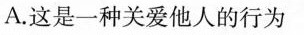
A.这是一种关爱他人的行为